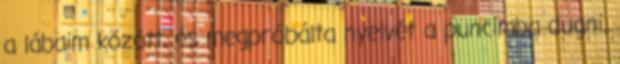
a lábaim között, és megpróbálta nyelvét a puncimba dugni.